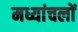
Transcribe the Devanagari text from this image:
मध्यांचलों